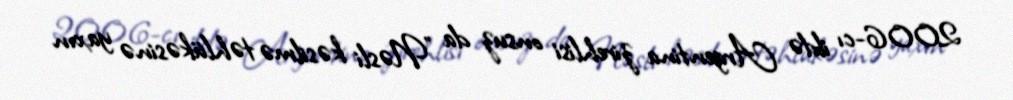
2006-cı ildə Argentina zirehlisi onsuz da "Nəsli kəsilmə təhlükəsinə yaxın